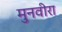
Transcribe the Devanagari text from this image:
मुनवीरा